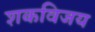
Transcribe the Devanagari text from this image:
शकविजय